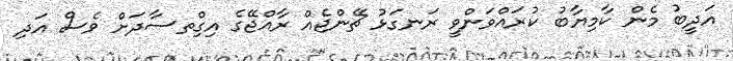
އަދީބު މެން ކާމިޔާބު ކުރައްވަންވީ ރަނގަޅު ޗޭންޖެއް ރާއްޖޭގެ އިގްިތސާދަށް ވެސް އަދި